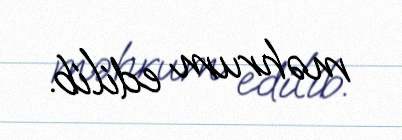
məhrum edilib.